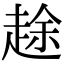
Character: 䞮